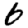
Digit: 6